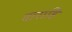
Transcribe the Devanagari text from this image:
वाराहि